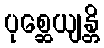
ပုစ္ဆေယျန္တိ